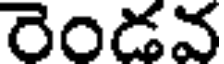
రెండవ